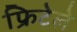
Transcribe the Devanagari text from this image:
फ्रिटेले